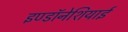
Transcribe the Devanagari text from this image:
इण्डॉनेशियाई